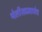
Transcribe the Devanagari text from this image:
थेलीसप्रमाणेच